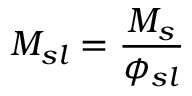
M _ { s l } = { \frac { M _ { s } } { \phi _ { s l } } }